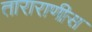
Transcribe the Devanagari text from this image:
ताराराणीस